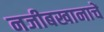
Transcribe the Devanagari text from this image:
नजीबखानाचें